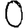
Digit: 0